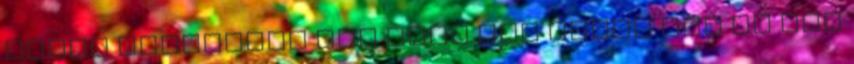
amely alapítása óta soha nem szűnt meg és nem